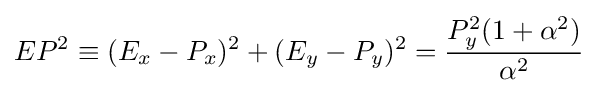
EP^{2}\equiv (E_{x}-P_{x})^{2}+(E_{y}-P_{y})^{2}={\frac {P_{y}^{2}(1+\alpha ^{2})}{\alpha ^{2}}}